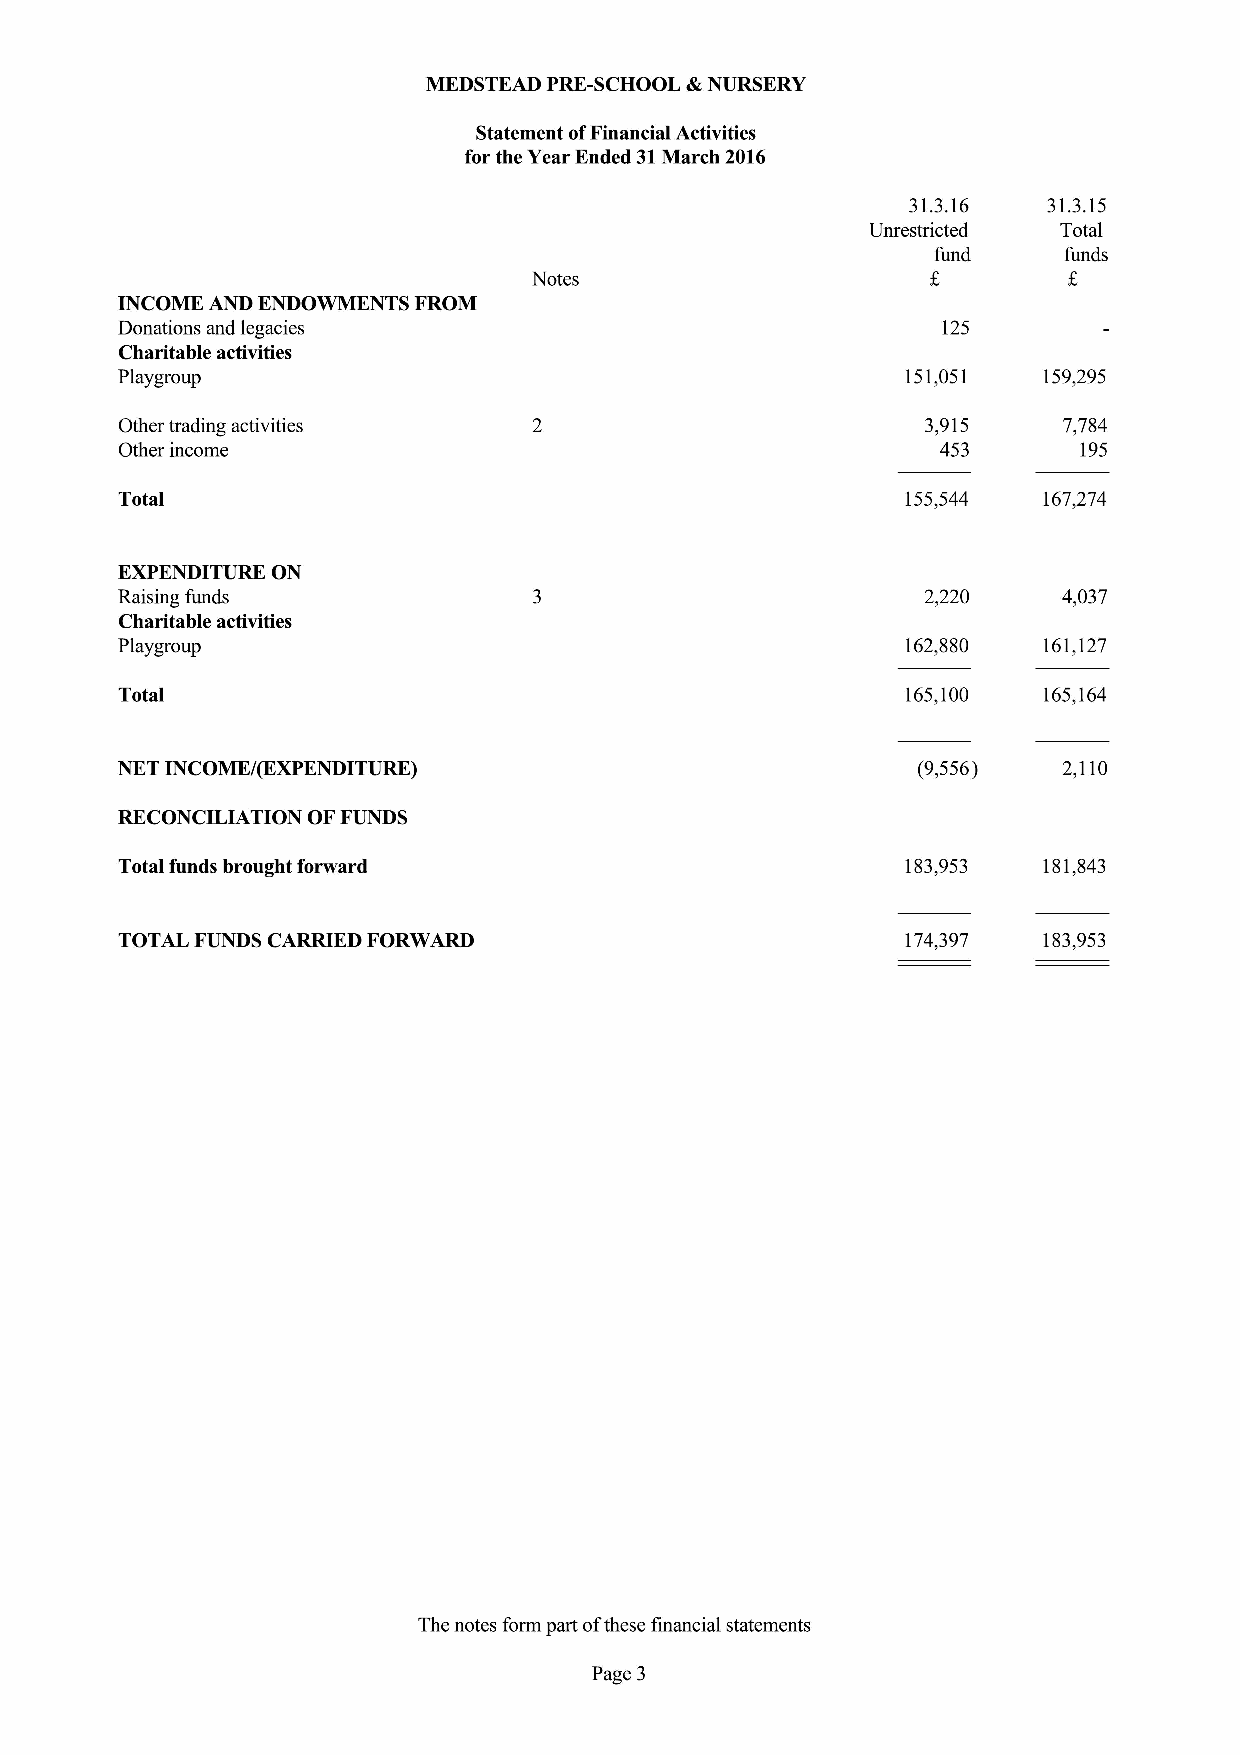
MEDSTEAD PRE-SCHOOL &NURSERY
 Statement ofFinancial Activities
 for the Year Ended 31March 2016
 31.3.16  31.3.15
 Unrestricted Total
 fund    funds
 Notes
 INCOME AND ENDOWMENTS FROM
 Donations and legacies                                125
 Charitable activities
 Playgroup                                           151,051  159,295
 Other trading activities                             3,915    7,784
 Other income                                          453       195
 Total                                               155,544  167,274
 EXPENDITURE ON
 Raising funds                                        2,220    4,037
 Charitable activities
 Playgroup                                           162,880  161,127
 Total                                               165,100  165,164
 NET INCOME/(EXPENDITURE)                             (9,556)  2,110
 RECONCILIATION OFFUNDS
 Total funds brought fonvard                         183,953  181,843
 TOTAL FUNDS CARRIED FORWARD                         174,397  183,953
 The notes form part ofthese financial statements
 Page 3